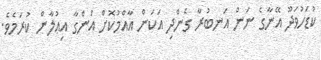
ކުޑަހުވަދޫ އޭނާގެ ނަން އަނބުރާ ގެންދި އަކަން އާއްމުކޮށް އަންގާ އިޢުލާން ކުރަމެވެ.